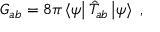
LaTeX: G _ { a b } = 8 \pi \left< \psi \right| \hat { T } _ { a b } \left| \psi \right> \; ,